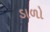
ડાળો